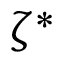
\zeta ^ { \ast }